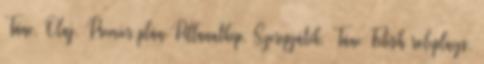
Tánc, Olaj, Premier plán Pillanatkép, Szerepjáték, Tánc Fetish roleplays,